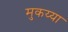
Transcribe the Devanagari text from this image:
मुकय्या